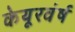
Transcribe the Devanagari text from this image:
केयूरवंर्ष